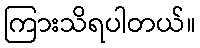
ကြားသိရပါတယ်။